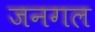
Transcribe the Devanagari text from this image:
जनगल